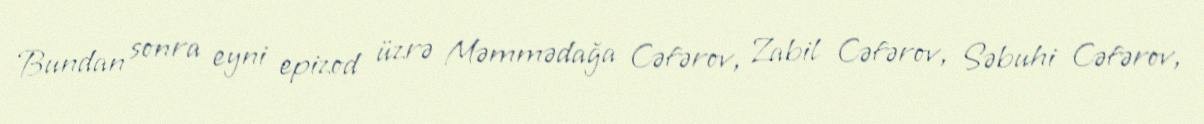
Bundan sonra eyni epizod üzrə Məmmədağa Cəfərov, Zabil Cəfərov, Səbuhi Cəfərov,